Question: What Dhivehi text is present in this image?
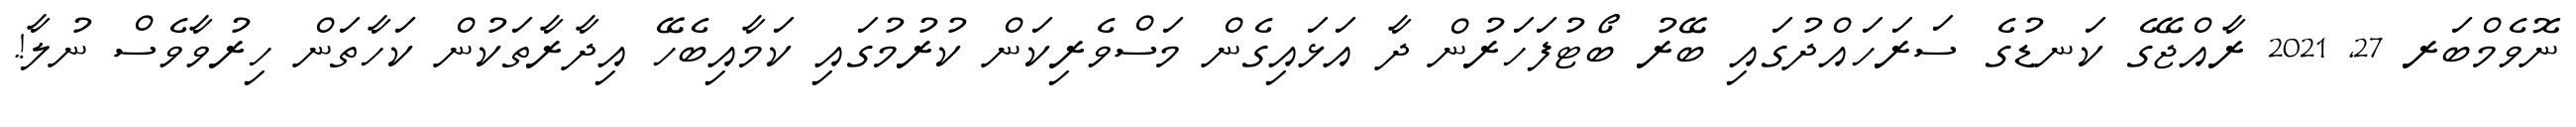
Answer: ނޮވެމްބަރ 27, 2021 ރާއްޖޭގެ ކަނޑުގެ ސަރަހައްދުގައި ބޭރު ބޯޓުފަހަރުން ދާ އަޅައިގެން މަސްވެރިކަން ކުރުމުގައި ކަމާއިބެހޭ އިދާރާތަކުން ކަހާތަން ހިރުވާވެސް ނުލާ!.